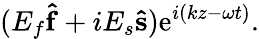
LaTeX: (E_{f}\mathbf{\hat{f}}+iE_{s}\mathbf{\hat{s}})\mathrm{e}^{i(kz-\omega t)}.